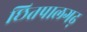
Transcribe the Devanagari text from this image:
छितपालगढ़